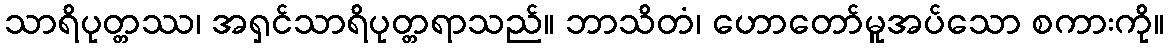
သာရိပုတ္တဿ၊ အရှင်သာရိပုတ္တရာသည်။ ဘာသိတံ၊ ဟောတော်မူအပ်သော စကားကို။